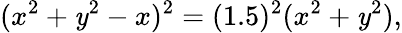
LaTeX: (x^{2}+\mathit{y}^{2}-x)^{2}=(1.5)^{2}(x^{2}+\mathit{y}^{2}),